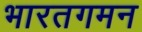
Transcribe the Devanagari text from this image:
भारतगमन